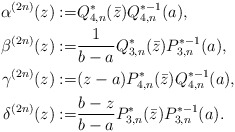
\begin{align*} \alpha^{(2n)}(z):=&Q_{4,n}^*(\bar z)Q_{4,n}^{*-1}(a), \\ \beta^{(2n)}(z):=&\frac{1}{b-a}Q_{3,n}^*(\bar z)P_{3,n}^{*-1}(a), \\ \gamma^{(2n)}(z):=&(z-a)P_{4,n}^*(\bar z)Q_{4,n}^{*-1}(a), \\ \delta^{(2n)}(z):=&\frac{b-z}{b-a}P_{3,n}^*(\bar z)P_{3,n}^{*-1}(a). \end{align*}